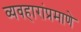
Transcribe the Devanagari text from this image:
व्यवहारांप्रमाणे